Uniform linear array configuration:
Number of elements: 8
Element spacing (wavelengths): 0.5
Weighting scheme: uniform
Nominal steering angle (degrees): -15
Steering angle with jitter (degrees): -13.16
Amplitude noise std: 0.05
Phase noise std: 0.05

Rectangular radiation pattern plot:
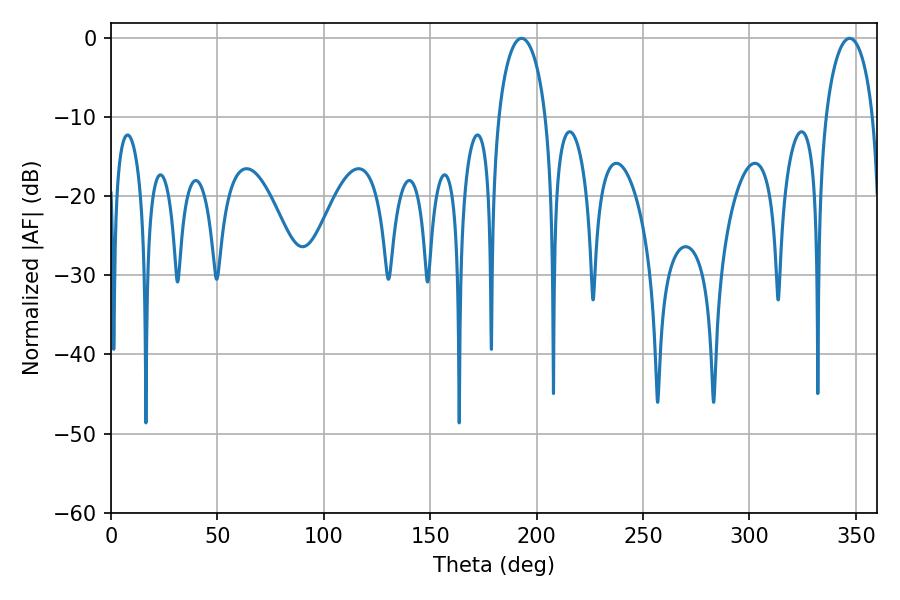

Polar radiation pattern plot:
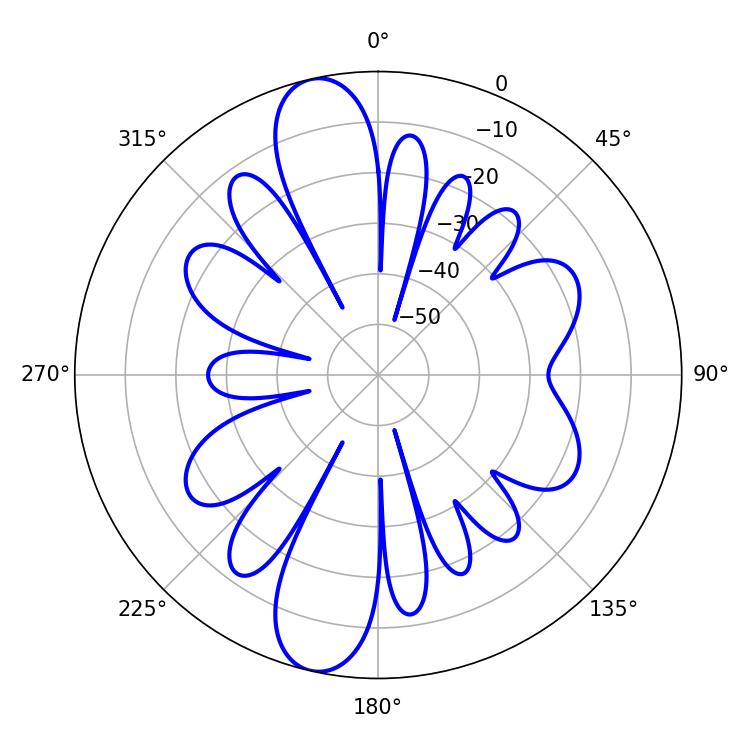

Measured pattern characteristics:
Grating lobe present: FALSE
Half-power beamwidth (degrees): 12.78
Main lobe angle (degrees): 192.96